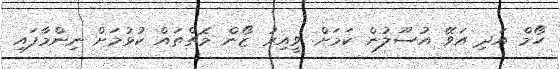
ހޯމް އަދި އަވޭ އުސޫލުން ކަމަށް ވީއިރު ޒޯން މެޗްތައް ކުޅުމަށް ނިންމާފައި